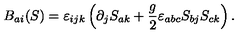
B _ { a i } ( S ) = \varepsilon _ { i j k } \left( \partial _ { j } S _ { a k } + \frac { g } { 2 } \varepsilon _ { a b c } S _ { b j } S _ { c k } \right) .